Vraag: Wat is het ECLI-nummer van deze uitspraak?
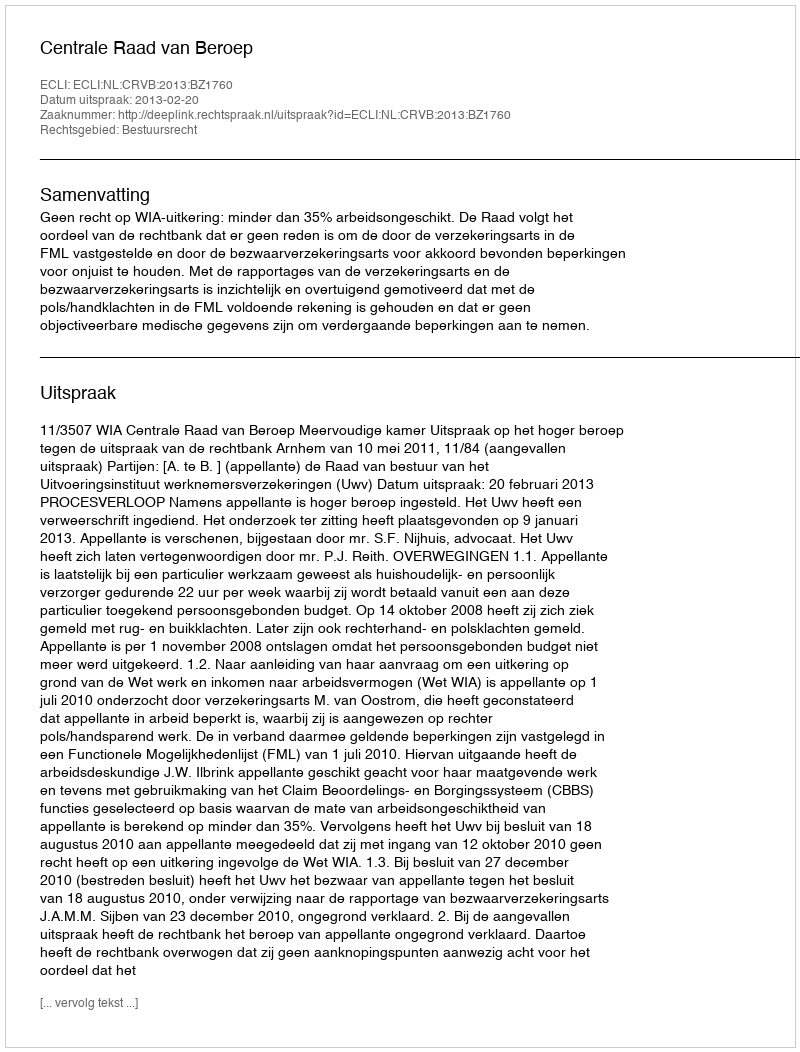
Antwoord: ECLI:NL:CRVB:2013:BZ1760